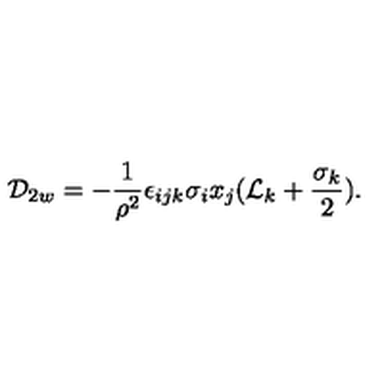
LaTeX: { \cal D } _ { 2 w } = - { \frac { 1 } { { \rho } ^ { 2 } } } { \epsilon } _ { i j k } { \sigma } _ { i } x _ { j } ( { \cal L } _ { k } + \frac { { \sigma } _ { k } } { 2 } ) .